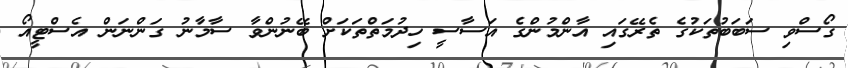
ގޯސްވި ސަބަބުތަކުގެ ތެރޭގައި އާންމުންގެ އަސާސީ ހިދުމަތްތަކަށް ބޭނުންވާ ސާމާނު ގަންނަން އެސްޓީއޯ